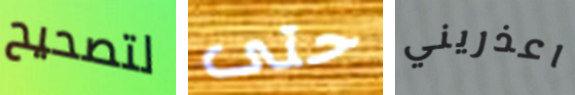
لتصحيح حتى اعذريني